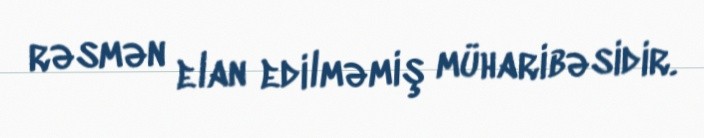
rəsmən elan edilməmiş müharibəsidir.